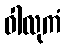
ဝါလုကံ